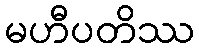
မဟီပတိဿ